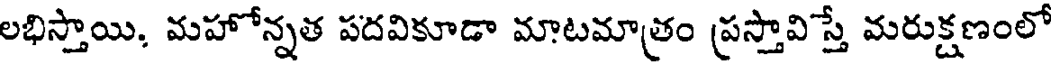
లభిస్తాయి. మహోన్నత పదవికూడా మాటమాత్రం ప్రస్తావిస్తే మరుక్షణంలో